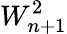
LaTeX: W_{n+1}^{2}